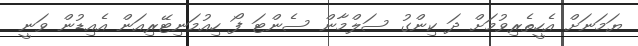
ޔަމަނަށް އެހީތެރިވުމަށް ދަ ކިންގު ސަލްމާން ސެންޓަ ފޯ ހިއުމަނިޓޭރިއަން އެއިޑުން ވަނީ